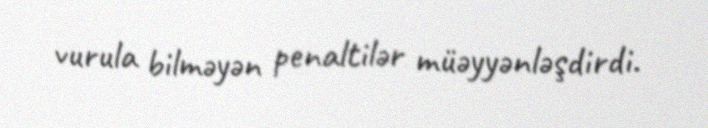
vurula bilməyən penaltilər müəyyənləşdirdi.